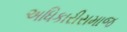
અધિકારીસમાજ